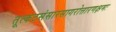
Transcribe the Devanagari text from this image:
तूत्कटसंसारसागरोत्तारणक्षमः